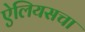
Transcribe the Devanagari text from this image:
ऐलियसचा